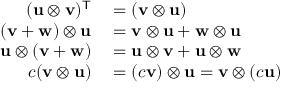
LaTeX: \begin{array} { r l } { ( \mathbf { u } \otimes \mathbf { v } ) ^ { \mathsf { T } } } & { { } = ( \mathbf { v } \otimes \mathbf { u } ) } \\ { ( \mathbf { v } + \mathbf { w } ) \otimes \mathbf { u } } & { { } = \mathbf { v } \otimes \mathbf { u } + \mathbf { w } \otimes \mathbf { u } } \\ { \mathbf { u } \otimes ( \mathbf { v } + \mathbf { w } ) } & { { } = \mathbf { u } \otimes \mathbf { v } + \mathbf { u } \otimes \mathbf { w } } \\ { c ( \mathbf { v } \otimes \mathbf { u } ) } & { { } = ( c \mathbf { v } ) \otimes \mathbf { u } = \mathbf { v } \otimes ( c \mathbf { u } ) } \end{array}